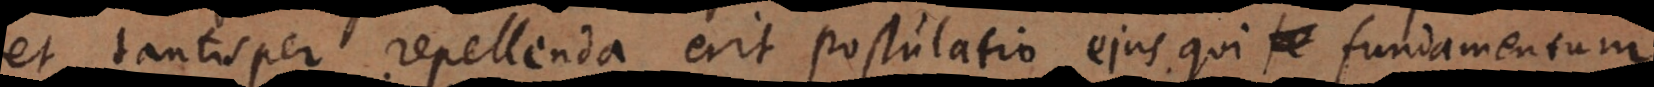
et tantisper repellenda erit postulatio ejus, qui fundamentum